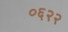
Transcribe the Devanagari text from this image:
०६२२